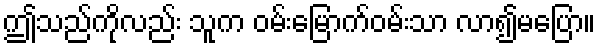
ဤသည်ကိုလည်း သူက ဝမ်းမြောက်ဝမ်းသာ လာ၍မပြော။